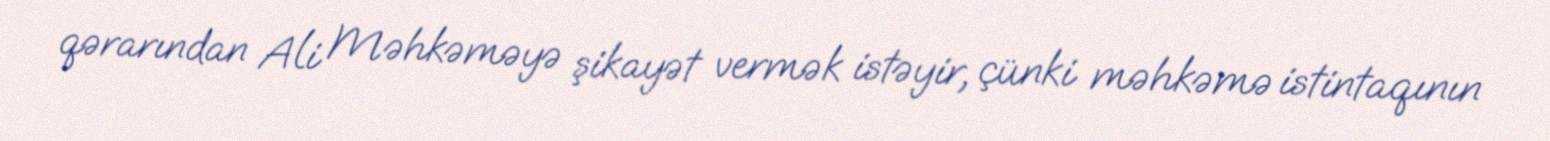
qərarından Ali Məhkəməyə şikayət vermək istəyir, çünki məhkəmə istintaqının